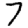
Digit: 7